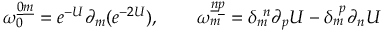
\omega _ { 0 } ^ { \underline { { 0 } } \underline { { m } } } = e ^ { - U } \partial _ { m } ( e ^ { - 2 U } ) , \qquad \omega _ { m } ^ { \underline { { n } } \underline { { p } } } = \delta _ { m } ^ { \ n } \partial _ { p } U - \delta _ { m } ^ { \ p } \partial _ { n } U